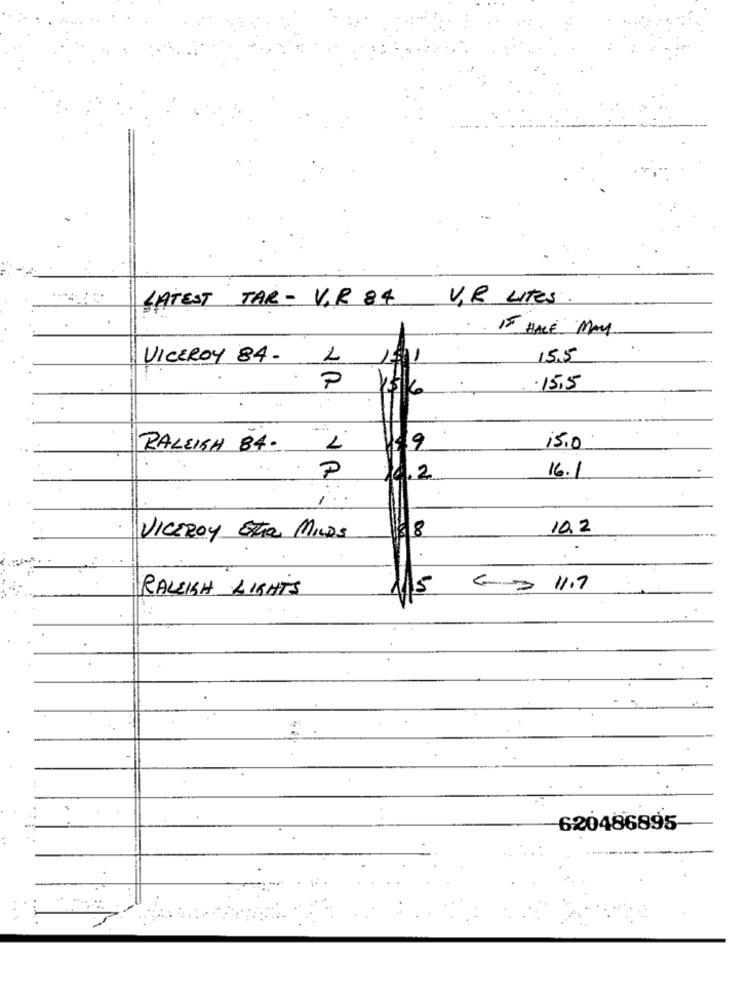
LATEST TAR - V.R 84
V.B LITES
Is HAVE MAY
VICEROY 84.
1
15.5
P
156
.15,5
.
RALEIGH 84.
9
15.0
P
16.1
14.2
1
8
10,2
VICEROY Extra MILOS
RALEIGH LIGHTS
5
G 11.7
620486895